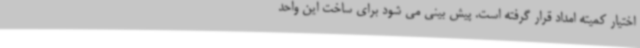
اختیار کمیته امداد قرار گرفته است. پیش بینی می شود برای ساخت این واحد